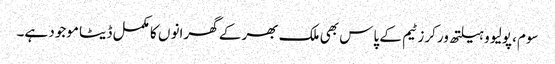
سوم، پولیو و ہیلتھ ورکرز ٹیم کے پاس بھی ملک بھر کے گھرانو ں کا مکمل ڈیٹا موجود ہے۔